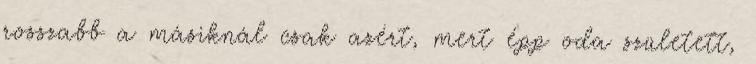
rosszabb a másiknál csak azért, mert épp oda született,